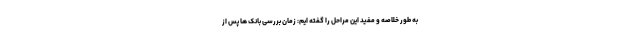
به طور خلاصه و مفید این مراحل را گفته ایم: زمان بررسی بانک ها پس از